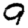
Digit: 9